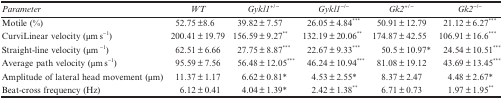
| Parameter | WT | Gykl1+/− | Gykl1−/− | Gk2+/− | Gk2−/− |
 | --- | --- | --- | --- | --- | --- |
 | Motile (%) | 52.75±8.6 | 39.82±7.57 | 26.05±4.84*** | 50.91±12.79 | 21.12±6.27*** |
 | CurviLinear velocity (μms−1) | 200.41±19.79 | 156.59±9.27** | 132.19±20.06** | 174.87±42.55 | 106.91±16.6*** |
 | Straight-line velocity (μm−1) | 62.51±6.66 | 27.75±8.87*** | 22.67±9.33*** | 50.5±10.97* | 24.54±10.51*** |
 | Average path velocity (μms−1) | 95.59±7.56 | 56.48±12.05*** | 46.24±10.94*** | 81.08±19.12 | 43.69±13.45*** |
 | Amplitude of lateral head movement (μm) | 11.37±1.17 | 6.62±0.81* | 4.53±2.55* | 8.37±2.47 | 4.48±2.67* |
 | Beat-cross frequency (Hz) | 6.12±0.41 | 4.04±1.39* | 2.42±1.38** | 6.71±0.73 | 1.97±1.95** |